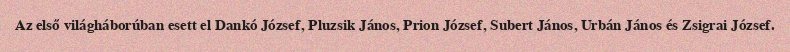
Az első világháborúban esett el Dankó József, Pluzsik János, Prion József, Subert János, Urbán János és Zsigrai József.